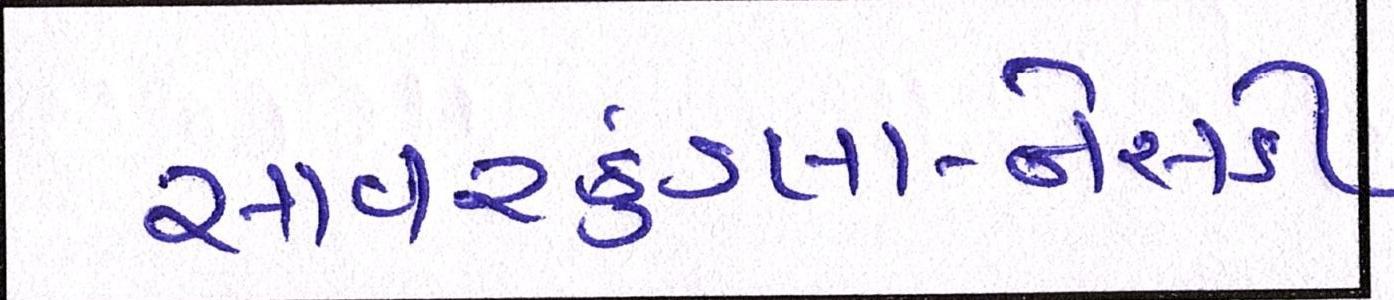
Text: સાવરકુંડલા-નેસડી